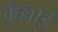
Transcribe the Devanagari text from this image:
कुँल्लोई